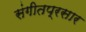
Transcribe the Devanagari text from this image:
संगीतप्रसार